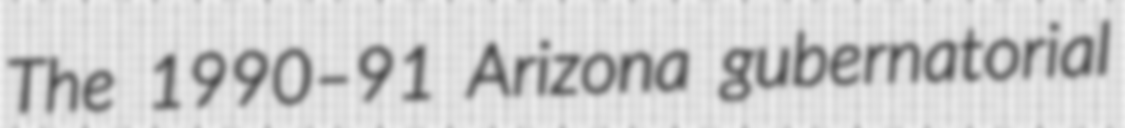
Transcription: The 1990–91 Arizona gubernatorial